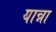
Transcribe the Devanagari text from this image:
यान्ना